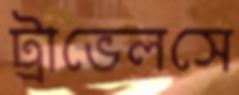
ট্রাভেলসে